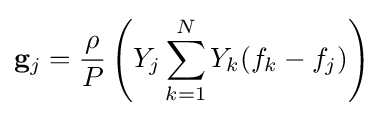
\mathbf {g} _{j}={\frac {\rho }{P}}\left(Y_{j}\sum _{k=1}^{N}Y_{k}(f_{k}-f_{j})\right)